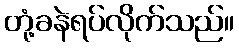
တုံ့ခနဲရပ်လိုက်သည်။